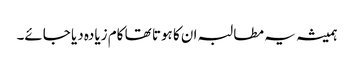
ہمیشہ یہ مطالبہ ان کا ہوتا تھا کام زیادہ دیا جائے۔